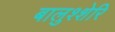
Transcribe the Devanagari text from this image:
बालुश्शेरि